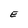
Character: E